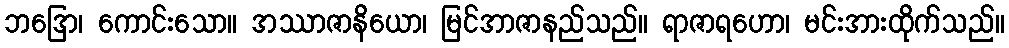
ဘဒြော၊ ကောင်းသော။ အဿာဇာနိယော၊ မြင်အာဇာနည်သည်။ ရာဇာရဟော၊ မင်းအားထိုက်သည်။